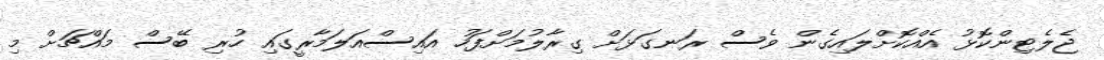
ޖެލެޓިންކޮޅު އެއްކޮށްލައިގެން ވެސް ރަނގަޅަށް ގިރާލުމަށްފަހު އައިސްއަލަމާރީގައި ހުރި ބޭސް މައްޗަށް މި